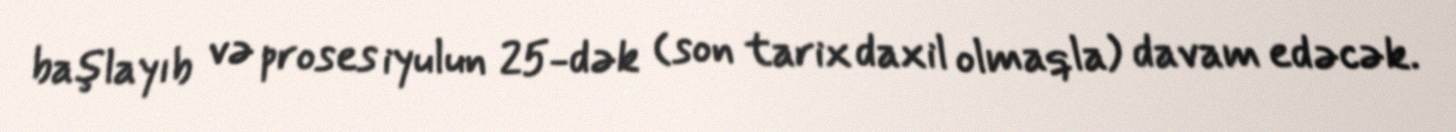
başlayıb və proses iyulun 25-dək (son tarix daxil olmaqla) davam edəcək.